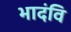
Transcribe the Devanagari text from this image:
भादंवि